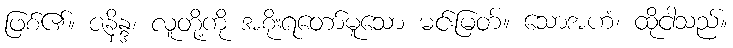
ဖြစ်၏။ ဇနိန္ဒ၊ လူတို့ကို အစိုးရတော်မူသော မင်းမြတ်။ သောအဟံ၊ ထိုငါသည်။